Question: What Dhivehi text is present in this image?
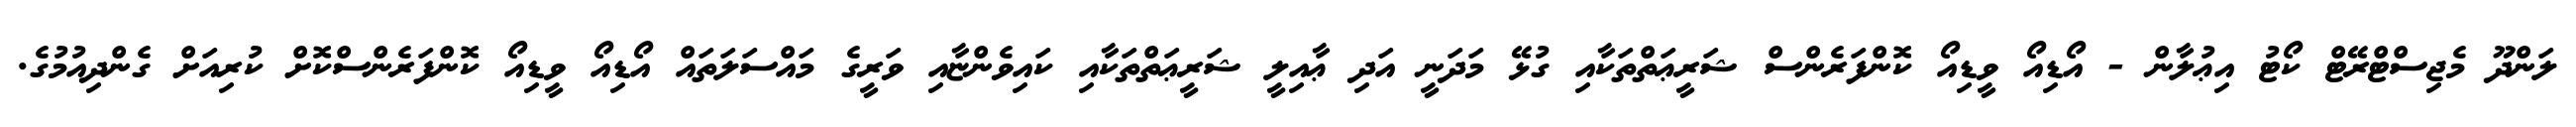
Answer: ލަންދޫ މެޖިސްޓްރޭޓް ކޯޓު އިޢުލާން - އޯޑިއޯ ވީޑިއޯ ކޮންފަރެންސް ޝަރީޢަތްތަކާއި ގުޅޭ މަދަނީ އަދި ޢާއިލީ ޝަރީޢަތްތަކާއި ކައިވެންޏާއި ވަރީގެ މައްސަލަތައް އޯޑިއޯ ވީޑިއޯ ކޮންފަރެންސްކޮށް ކުރިއަށް ގެންދިއުމުގެ.